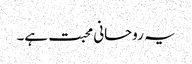
یہ روحانی محبت ہے۔